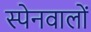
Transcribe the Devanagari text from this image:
स्पेनवालों